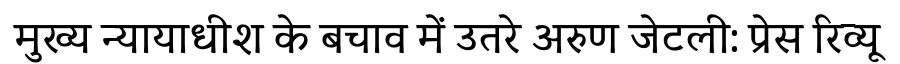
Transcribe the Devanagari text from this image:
मुख्य न्यायाधीश के बचाव में उतरे अरुण जेटली: प्रेस रिव्यू